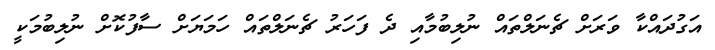
އަގުދައްކާ ވަރަށް ޗެނަލްތައް ނުލިބުމާއި ދެ ފަހަރު ޗެނަލްތައް ހަމަޔަށް ސާފުކޮށް ނުލިބުމަކީ